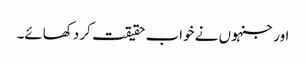
اور جنہوں نے خواب حقیقت کر دکھائے۔